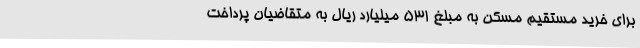
برای خرید مستقیم مسکن به مبلغ 531 میلیارد ریال به متقاضیان پرداخت